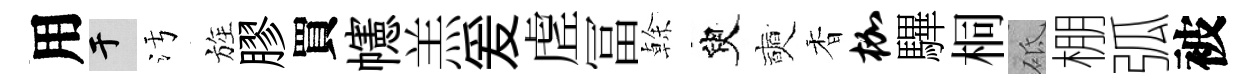
用于污旌膠買幰羔爰虗冨𠏉臾奭香枷驆桐砥棚弧被